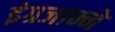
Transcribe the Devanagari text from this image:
इंग्रजान्ने